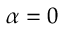
\alpha = 0